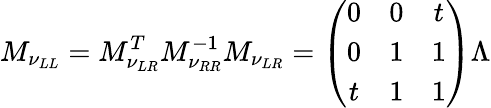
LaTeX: M_{\nu_{LL}}=M_{\nu_{LR}}^{T}M_{\nu_{RR}}^{-1}M_{\nu_{LR}}=\left(\begin{array}{ccc}{{0}}&{{0}}&{{t}}\\ {{0}}&{{1}}&{{1}}\\ {{t}}&{{1}}&{{1}}\end{array}\right)\Lambda